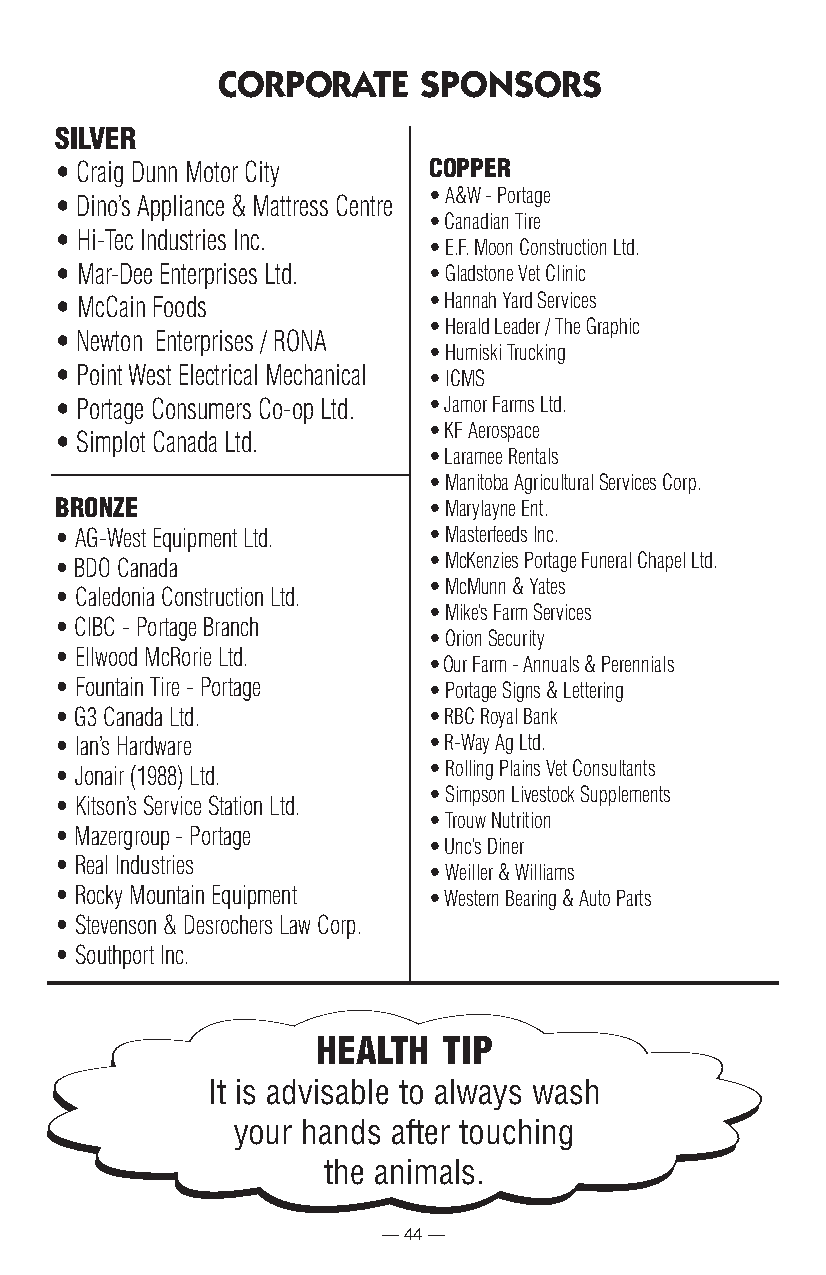
CORPORATE     SPONSORS
 siLveR
 • Craig Dunn Motor City CoPPeR
 • A&W - Portage
 • Dino’s Appliance & Mattress Centre
 • Canadian Tire
 • Hi-Tec Industries Inc.
 • E.F. Moon Construction Ltd.
 • Mar-Dee Enterprises Ltd. • Gladstone Vet Clinic
 • McCain Foods          • Hannah Yard Services
 • Herald Leader / The Graphic
 • Newton Enterprises / RONA
 • Humiski Trucking
 • Point West Electrical Mechanical • ICMS
 • Portage Consumers Co-op Ltd. • Jamor Farms Ltd.
 • KF Aerospace
 • Simplot Canada Ltd.
 • Laramee Rentals
 • Manitoba Agricultural Services Corp.
 bRonZe                  • Marylayne Ent.
 • AG-West Equipment Ltd. • Masterfeeds Inc.
 • BDO Canada            • McKenzies Portage Funeral Chapel Ltd.
 • McMunn & Yates
 • Caledonia Construction Ltd.
 • Mike’s Farm Services
 • CIBC - Portage Branch
 • Orion Security
 • Ellwood McRorie Ltd.
 • Our Farm - Annuals & Perennials
 • Fountain Tire - Portage • Portage Signs & Lettering
 • G3 Canada Ltd.        • RBC Royal Bank
 • Ian’s Hardware        • R-Way Ag Ltd.
 • Rolling Plains Vet Consultants
 • Jonair (1988) Ltd.
 • Simpson Livestock Supplements
 • Kitson’s Service Station Ltd.
 • Trouw Nutrition
 • Mazergroup - Portage
 • Unc’s Diner
 • Real Industries
 • Weiller & Williams
 • Rocky Mountain Equipment • Western Bearing & Auto Parts
 • Stevenson & Desrochers Law Corp.
 • Southport Inc.
 heALth  tiP
 It is advisable to always wash
 your hands after touching
 the animals.
 — 44 —